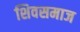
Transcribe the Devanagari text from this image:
शिवसमाज